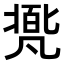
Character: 𠙩